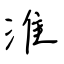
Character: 淮